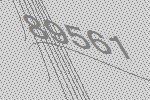
89561